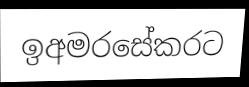
ඉඅමරසේකරට